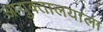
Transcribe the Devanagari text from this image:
आयुक्तालयाला